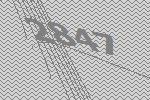
2847